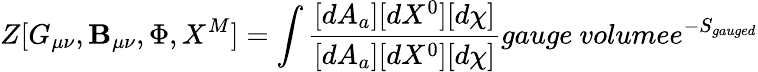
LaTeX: Z[G_{\mu\nu},\mathbf{B}_{\mu\nu},\Phi,X^{M}]=\int\frac{{[dA_{a}][dX^{0}][d\chi]}}{{[dA_{a}][dX^{0}][d\chi]}}{gauge\ volume}e^{-S_{gauged}}